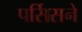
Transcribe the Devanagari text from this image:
पर्सिसने